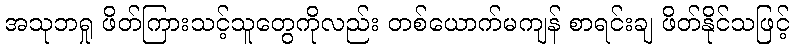
အသုဘရှု ဖိတ်ကြားသင့်သူတွေကိုလည်း တစ်ယောက်မကျန် စာရင်းချ ဖိတ်နိုင်သဖြင့်